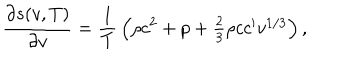
{ \frac { \partial s ( v , T ) } { \partial v } } = { \frac { 1 } { T } } \left( \rho c ^ { 2 } + p + \textstyle { \frac { 2 } { 3 } } \rho c c ^ { \prime } v ^ { 1 / 3 } \right) ,